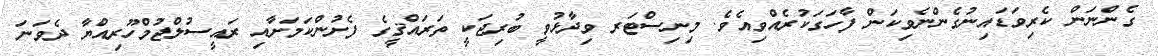
ގެންނަން ކެރިވަޑައިނުގެންނެވިކަން ފާހަގަކުރެއްވިއެވެ. މިނިސްޓަރ ވިދާޅުވީ ބުރިޖަކީ ތަރައްޤީގެ ފެށުންކަމަށާއި ރައީސުލްޖުމްހޫރިއްޔާ ދެވަނަ